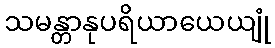
သမန္တာနုပရိယာယေယျုံ